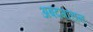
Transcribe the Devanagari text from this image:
अबदगारान